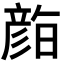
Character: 𭛛